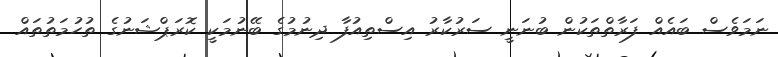
ނަމަވެސް ބައެއް ފަރާތްތަކުން ބުނަނީ ސަރުކާރު އިސްތިއުފާ ދިނުމުގެ ބޭނުމަކީ ކޮރަޕްޝަނުގެ ތުހުމަތުތައް